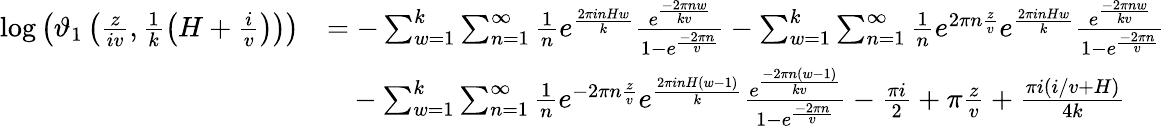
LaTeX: \begin{array}{rl}{\log\left(\vartheta_{1}\left(\frac{z}{iv},\frac{1}{k}\left(H+\frac{i}{v}\right)\right)\right)}&{=-\sum_{w=1}^{k}\sum_{n=1}^{\infty}\frac{1}{n}e^{\frac{2\pi inHw}{k}}\frac{e^{\frac{-2\pi nw}{kv}}}{1-e^{\frac{-2\pi n}{v}}}-\sum_{w=1}^{k}\sum_{n=1}^{\infty}\frac{1}{n}e^{2\pi n\frac{z}{v}}e^{\frac{2\pi inHw}{k}}\frac{e^{\frac{-2\pi nw}{kv}}}{1-e^{\frac{-2\pi n}{v}}}}\\ &{~~~-\sum_{w=1}^{k}\sum_{n=1}^{\infty}\frac{1}{n}e^{-2\pi n\frac{z}{v}}e^{\frac{2\pi inH(w-1)}{k}}\frac{e^{\frac{-2\pi n\left(w-1\right)}{kv}}}{1-e^{\frac{-2\pi n}{v}}}-\frac{\pi i}{2}+\pi\frac{z}{v}+\frac{\pi i(i/v+H)}{4k}}\end{array}